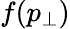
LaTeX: f(p_{\perp})